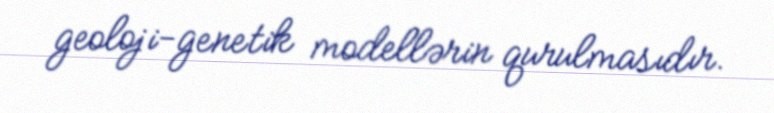
geoloji-genetik modellərin qurulmasıdır.